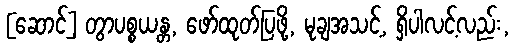
[ဆောင်] တွာပစ္စယန္တ, ဖော်ထုတ်ပြဖို့, မုချအသင့်, ရှိပါလင့်လည်း,